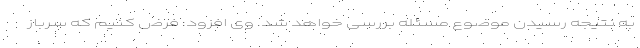
به نتیجه رسیدن موضوع مسئله بررسی خواهد شد. وی افزود: فرض کنیم که سرباز